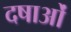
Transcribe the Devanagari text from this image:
दषाओं